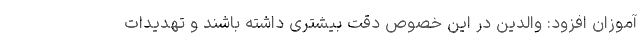
آموزان افزود: والدین در این خصوص دقت بیشتری داشته باشند و تهدیدات